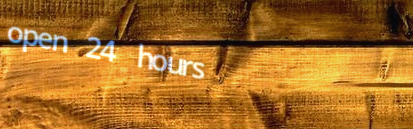
open 24 hours